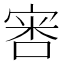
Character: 𫳢